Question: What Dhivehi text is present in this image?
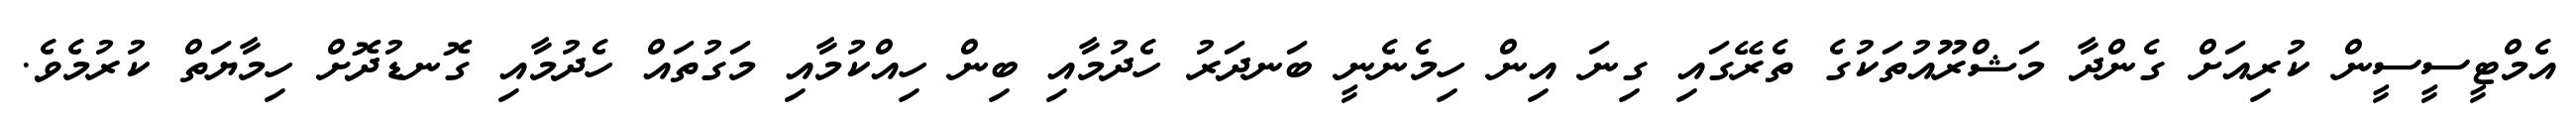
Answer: އެމްޓީސީސީން ކުރިއަށް ގެންދާ މަޝްރޫއުތަކުގެ ތެރޭގައި ގިނަ އިން ހިމެނެނީ ބަނދަރު ހެދުމާއި ބިން ހިއްކުމާއި މަގުތައް ހެދުމާއި ގޮނޑުދޮށް ހިމާޔަތް ކުރުމެވެ.